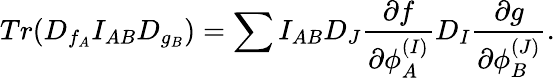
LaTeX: Tr(D_{f_{A}}I_{AB}D_{g_{B}})=\sum I_{AB}D_{J}{\frac{\partial f}{\partial\phi_{A}^{(I)}}}D_{I}{\frac{\partial g}{\partial\phi_{B}^{(J)}}}.